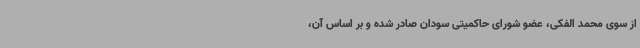
از سوی محمد الفکی، عضو شورای حاکمیتی سودان صادر شده و بر اساس آن،